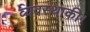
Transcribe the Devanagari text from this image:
व्यवस्थाकी।